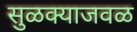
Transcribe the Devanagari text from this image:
सुळक्याजवळ